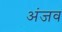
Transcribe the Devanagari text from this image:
अंजव